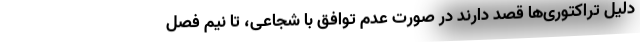
دلیل تراکتوری‌ها قصد دارند در صورت عدم توافق با شجاعی، تا نیم فصل